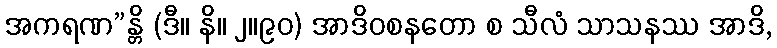
အကရဏ”န္တိ (ဒီ။ နိ။ ၂။၉၀) အာဒိဝစနတော စ သီလံ သာသနဿ အာဒိ,